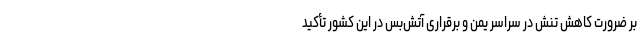
بر ضرورت کاهش تنش در سراسر یمن و برقراری آتش‌بس در این کشور تأکید